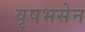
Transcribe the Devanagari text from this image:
वृषभसेन